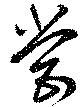
營